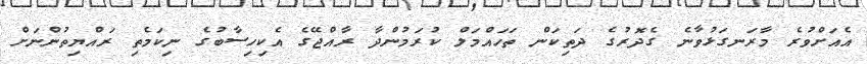
އެއަށްވުރެ މާރަނގަޅުވާނެ ގެދޮރުގެ ދަތިކަން ތަހައްމަލް ކުރަމުންދާ ރާއްޖޭގެ އެކިހިސާބުގެ ނިކަމެތި ރައްޔިތުންނަށް